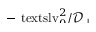
\smash { - \ensuremath { \mathrm { \ t e x t s l { v } } _ { 0 } } ^ { 2 } / \ensuremath { \mathcal { D } _ { \perp } } }